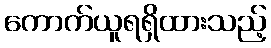
ကောက်ယူရရှိထားသည့်